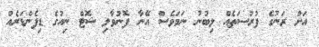
އަށް ރަނުގެ ފުރުސަތެއް ލިބުނު ނަމަވެސް އޭނާ ފޮނުވާލި ޝޮޓް ނިއުގެ ޑިފެންޑަރެއް